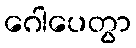
ဂေါပေတွာ